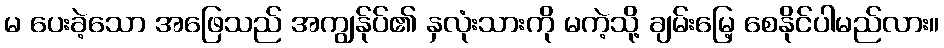
မ ပေးခဲ့သော အဖြေသည် အကျွန်ုပ်၏ နှလုံးသားကို မကဲ့သို့ ချမ်းမြေ့ စေနိုင်ပါမည်လား။